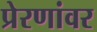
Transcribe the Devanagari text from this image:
प्रेरणांवर